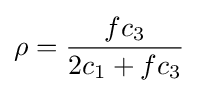
\rho ={\frac {fc_{3}}{2c_{1}+fc_{3}}}